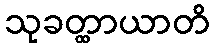
သုခတ္ထာယာတိ